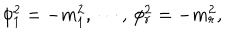
LaTeX: \phi _ { 1 } ^ { 2 } = - m _ { 1 } ^ { 2 } , \, \cdots , \, \phi _ { r } ^ { 2 } = - m _ { r } ^ { 2 } ,